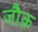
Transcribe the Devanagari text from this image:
जौक़